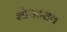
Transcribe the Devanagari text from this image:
भोपटराव